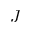
J